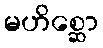
မဟိစ္ဆော